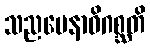
သညမေနာဓိဂစ္ဆတိ